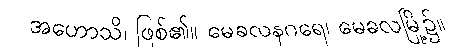
အဟောသိ၊ ဖြစ်၏။ မေခလနဂရေ၊ မေခလမြို့၌။